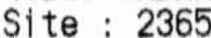
SITE : 2365